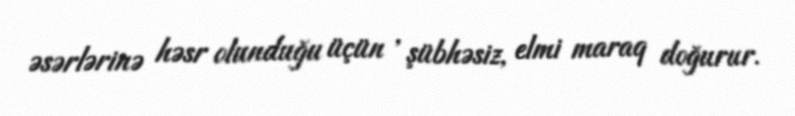
əsərlərinə həsr olunduğu üçün , şübhəsiz, elmi maraq doğurur.